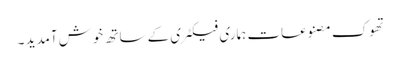
تھوک مصنوعات ہماری فیکٹری کے ساتھ خوش آمدید ۔